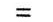
=